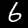
Digit: 6